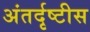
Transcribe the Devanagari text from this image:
अंतर्दृष्टीस